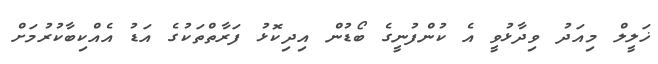
ޚަލީލް މިއަދު ވިދާޅުވީ އެ ކުންފުނީގެ ބޯޑުން އިދިކޮޅު ފަރާތްތަކުގެ އަޑު އެއްކިބާކުރުމަށް